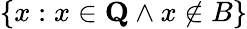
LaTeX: \{ x:x\in{\textbf{Q}}\land x\notin B\}